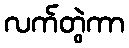
လက်တွဲကာ